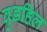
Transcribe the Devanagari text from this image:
वुडहिल